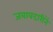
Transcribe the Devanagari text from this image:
जबाबदारीनें